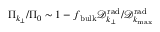
\Pi _ { k _ { \perp } } / \Pi _ { 0 } \sim 1 - f _ { \mathrm { b u l k } } { \mathcal D } _ { k _ { \perp } } ^ { \mathrm { r a d } } / { \mathcal D } _ { k _ { \operatorname* { m a x } } } ^ { \mathrm { r a d } }